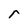
Character: r